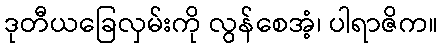
ဒုတီယခြေလှမ်းကို လွန်စေအံ့၊ ပါရာဇိက။